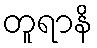
တူရာနိ